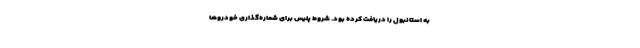
به استانبول را دریافت کرده بود. شروط پلیس برای شماره‌گذاری خودروها